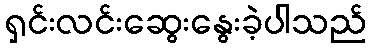
ရှင်းလင်းဆွေးနွေးခဲ့ပါသည်